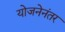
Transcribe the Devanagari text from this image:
योजनेनंतर